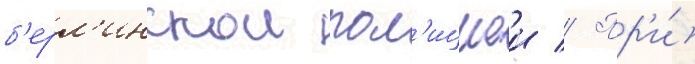
б'ерл'инскои пол'ициеи // Пр'и́